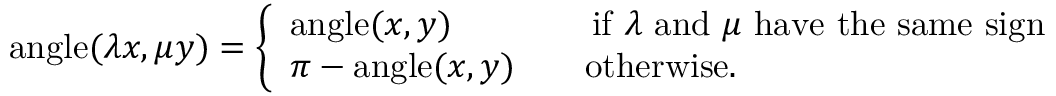
\operatorname { a n g l e } ( \lambda x , \mu y ) = { \left\{ \begin{array} { l l } { \operatorname { a n g l e } ( x , y ) \qquad \qquad { \mathrm { i f ~ } } \lambda { \mathrm { ~ a n d ~ } } \mu { \mathrm { ~ h a v e ~ t h e ~ s a m e ~ s i g n } } } \\ { \pi - \operatorname { a n g l e } ( x , y ) \qquad { \mathrm { o t h e r w i s e } } . } \end{array} \right. }